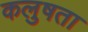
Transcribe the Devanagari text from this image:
कलुषता